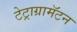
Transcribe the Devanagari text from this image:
टेट्राग्रामॅटन